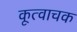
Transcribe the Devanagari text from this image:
कूत्वाचक